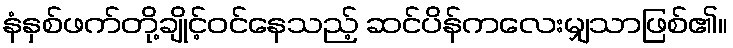
နံနှစ်ဖက်တို့ချိုင့်ဝင်နေသည့် ဆင်ပိန်ကလေးမျှသာဖြစ်၏။